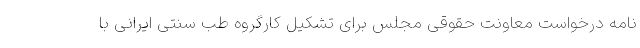
نامه درخواست معاونت حقوقی مجلس برای تشکیل کارگروه طب سنتی ایرانی با